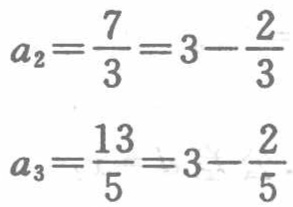
\[

a_{2}=\frac{7}{3}=3 - \frac{2}{3}

\]

\[

a_{3}=\frac{13}{5}=3 - \frac{2}{5}

\]